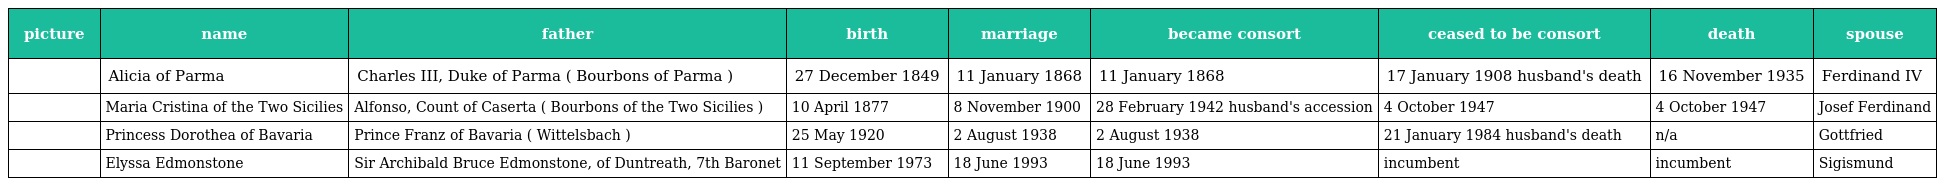
| picture | name | father | birth | marriage | became consort | ceased to be consort | death | spouse |
 | --- | --- | --- | --- | --- | --- | --- | --- | --- |
 |  | Alicia of Parma | Charles III, Duke of Parma ( Bourbons of Parma ) | 27 December 1849 | 11 January 1868 | 11 January 1868 | 17 January 1908 husband's death | 16 November 1935 | Ferdinand IV |
 |  | Maria Cristina of the Two Sicilies | Alfonso, Count of Caserta ( Bourbons of the Two Sicilies ) | 10 April 1877 | 8 November 1900 | 28 February 1942 husband's accession | 4 October 1947 | 4 October 1947 | Josef Ferdinand |
 |  | Princess Dorothea of Bavaria | Prince Franz of Bavaria ( Wittelsbach ) | 25 May 1920 | 2 August 1938 | 2 August 1938 | 21 January 1984 husband's death | n/a | Gottfried |
 |  | Elyssa Edmonstone | Sir Archibald Bruce Edmonstone, of Duntreath, 7th Baronet | 11 September 1973 | 18 June 1993 | 18 June 1993 | incumbent | incumbent | Sigismund |